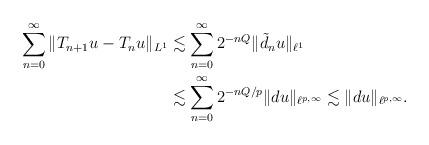
LaTeX: \begin{align*}\sum_{n=0}^\infty \|T_{n+1}u-T_nu\|_{L^1}&\lesssim\sum_{n=0}^\infty 2^{-nQ}\|\tilde d_nu\|_{\ell^1} \\ &\lesssim \sum_{n=0}^\infty 2^{-nQ/p}\| du\|_{\ell^{p,\infty}}\lesssim \| du\|_{\ell^{p,\infty}}. \end{align*}